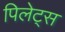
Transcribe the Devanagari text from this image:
पिलेट्स